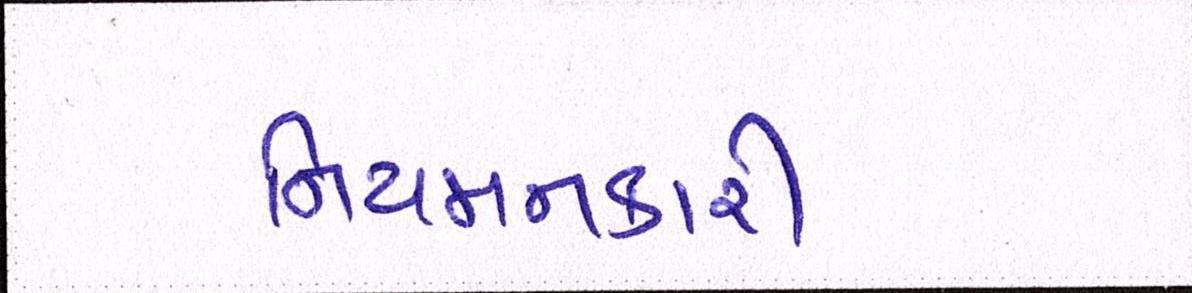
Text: નિયમનકારી